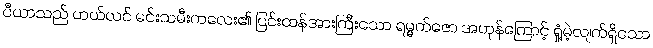
ပီယာသည် ဟယ်လင် မင်းသမီးကလေး၏ ပြင်းထန်အားကြီးသော ရမ္မက်ဇော အဟုန်ကြောင့် ရှုံ့မဲ့လျက်ရှိသော